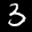
Label: 3